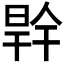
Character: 𭦜